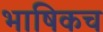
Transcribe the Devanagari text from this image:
भाषिकच